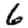
Digit: 6